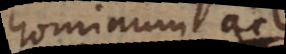
hominum ac